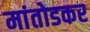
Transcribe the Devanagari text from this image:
मांतोडकर